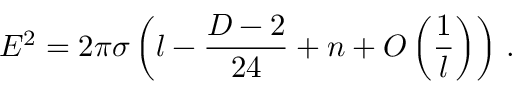
E ^ { 2 } = 2 \pi \sigma \left( l - \frac { D - 2 } { 2 4 } + n + O \left( \frac { 1 } { l } \right) \right) \, .